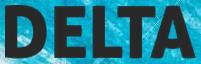
DELTA